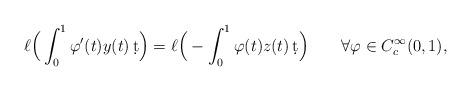
LaTeX: \begin{align*}\ell\Big(\int_0^1\varphi'(t)y(t)\,\d t\Big)=\ell\Big(-\int_0^1\varphi(t)z(t)\,\d t\Big)\qquad\forall \varphi\in C^\infty_c(0,1),\end{align*}